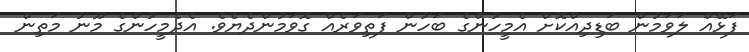
ފަޅޭއް ލަވަމުން ބަޑިދިއްކޮށް އެމީހުންގެ ބަހުން ފަތިވަރެއް ގޮވަމުންދެޔެވެ. އެދެމީހުންގެ މޫނު މަތިން